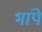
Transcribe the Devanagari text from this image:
भांपे